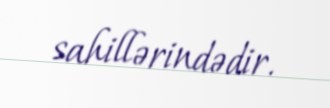
sahillərindədir.